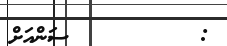
:         ސަންއަށް